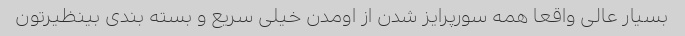
بسیار عالی واقعا همه سورپرایز شدن از اومدن خیلی سریع و بسته بندی بینظیرتون